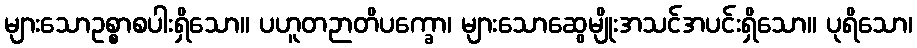
များသောဥစ္စာစပါးရှိသော။ ပဟူတဉာတိပက္ခော၊ များသောဆွေမျိုးအသင်အပင်းရှိသော။ ပုရိသော၊